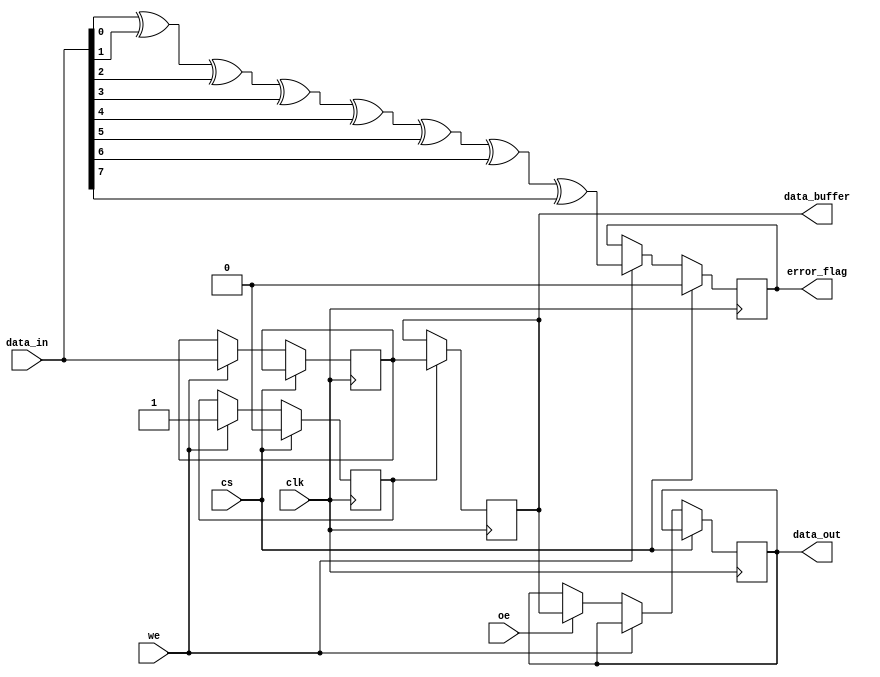
module pcm_io_block #(
    parameter DATA_WIDTH = 8  // Configurable data width (8, 16, 32 bits)
)(
    input wire clk,             // Clock signal
    input wire cs,              // Chip Select
    input wire we,              // Write Enable
    input wire oe,              // Output Enable
    input wire [DATA_WIDTH-1:0] data_in, // Data input
    output reg [DATA_WIDTH-1:0] data_out, // Data output
    output reg error_flag,      // Error detection flag
    output reg [DATA_WIDTH-1:0] data_buffer // Internal data buffer
);

    // Internal signals
    reg [DATA_WIDTH-1:0] data_latch; // Latch for incoming data
    reg read_operation;               // Flag for read operation
    reg write_operation;              // Flag for write operation

    // Error detection (simple parity check)
    function parity_check;
        input [DATA_WIDTH-1:0] data;
        integer i;
        begin
            parity_check = 0;
            for (i = 0; i < DATA_WIDTH; i = i + 1) begin
                parity_check = parity_check ^ data[i];
            end
        end
    endfunction

    // Main I/O operation
    always @(posedge clk) begin
        if (!cs) begin // If chip is selected
            if (we) begin // Write operation
                data_latch <= data_in; // Latch incoming data
                write_operation <= 1;
                error_flag <= parity_check(data_in); // Check for errors
            end else if (oe) begin // Read operation
                data_out <= data_buffer; // Output data
                read_operation <= 1;
            end
        end else begin
            // Reset operations when chip is not selected
            write_operation <= 0;
            read_operation <= 0;
            error_flag <= 0;
        end
    end

    // Data buffer management
    always @(posedge clk) begin
        if (write_operation) begin
            data_buffer <= data_latch; // Store latched data into buffer
        end
    end

    // Power management (example)
    always @(posedge clk) begin
        if (!cs) begin
            // Power gating logic can be implemented here
            // For example, disable power to unused sections
        end
    end

endmodule